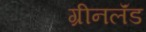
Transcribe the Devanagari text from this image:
ग्रीनलॅंड